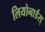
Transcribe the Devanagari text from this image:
लियोनार्डस्